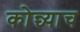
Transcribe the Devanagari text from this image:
कोन्च्याच